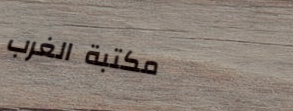
مكتبة الغرب